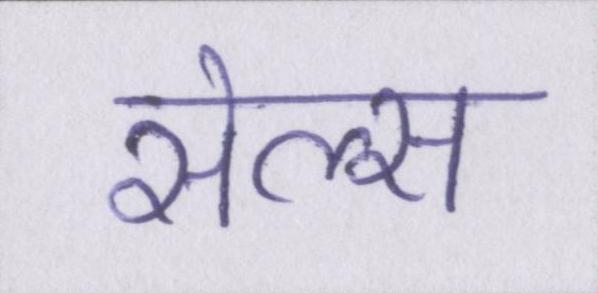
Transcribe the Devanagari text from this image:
सेल्स